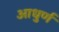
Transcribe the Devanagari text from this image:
आधुर्ण